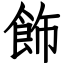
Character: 飾